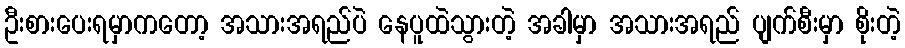
ဦးစားပေးရမှာကတော့ အသားအရည်ပဲ နေပူထဲသွားတဲ့ အခါမှာ အသားအရည် ပျက်စီးမှာ စိုးတဲ့